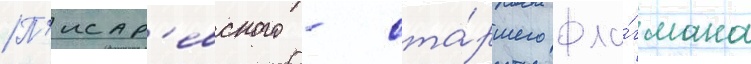
П'исар'евского - ста́ршего фла́гмана